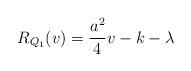
LaTeX: \begin{align*}R_{Q_1 } (v) = \frac{a^2 }{4} v -k-\lambda\end{align*}